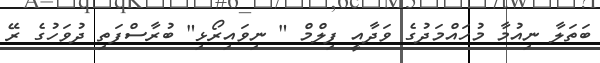
ބަތަލާ ނިއުމާ މުހައްމަދުގެ ވަދާއީ ފިލްމް " ނިވައިރޯޅި" ބުރާސްފަތި ދުވަހުގެ ރޭ